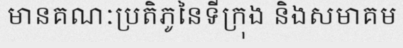
មានគណៈប្រតិភូនៃទីក្រុង និងសមាគម